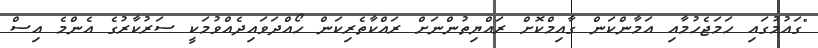
"ގައުމުގައި ހަމަޖެހުމާއި އަމާންކަން ގާއިމްކޮށް ރައްޔިތުންނަށް ރައްކާތެރިކަން ހޯއްދަވައިދެއްވުމަކީ ސަރުކާރުގެ އެންމެ އިސް